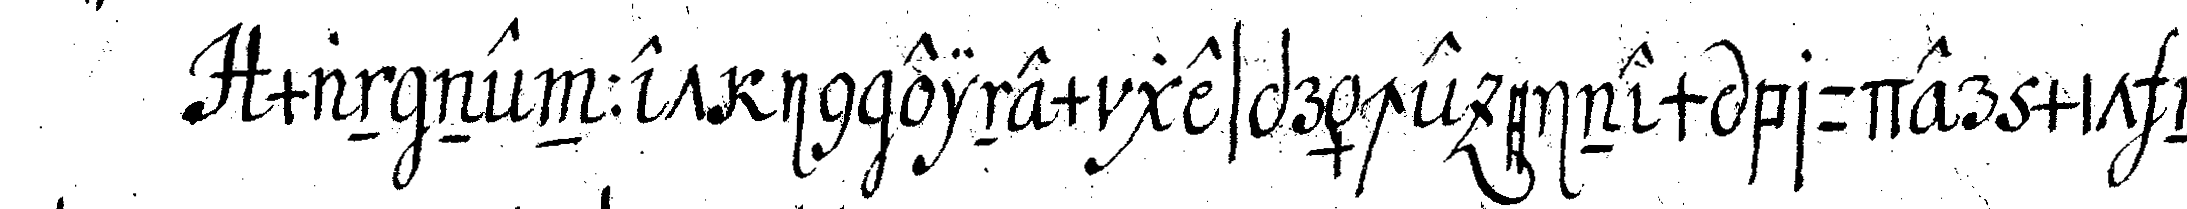
man nennet in einem gespräche einem bruder mit na